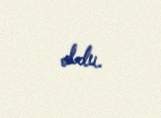
oldu.